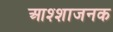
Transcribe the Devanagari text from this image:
आश्शाजनक